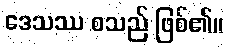
ဒေသဿ စသည် ဖြစ်၏။